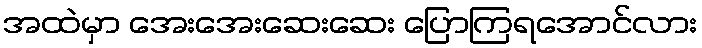
အထဲမှာ အေးအေးဆေးဆေး ပြောကြရအောင်လား